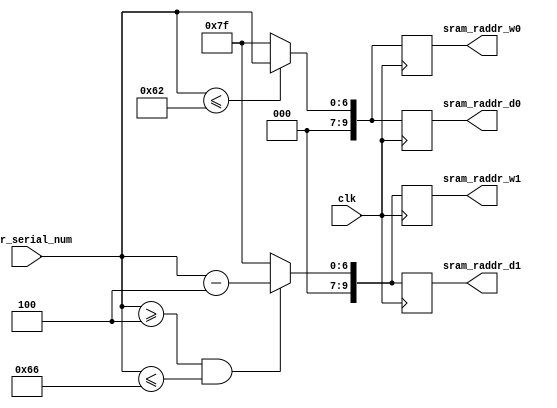
//-------do the address select for 32 queue, each queue size 32+32-1---


module addr_sel
(
	input clk,
	input [6:0] addr_serial_num,							//max = 126, setting all of the addr127 = 0
	
	//sel for w0~w7
	output reg [9:0] sram_raddr_w0,			//queue 0~3
	output reg [9:0] sram_raddr_w1,			//queue 4~7

	//sel for d0~d7
	output reg [9:0] sram_raddr_d0,
	output reg [9:0] sram_raddr_d1
);

wire [9:0] sram_raddr_w0_nx;			//queue 0~3
wire [9:0] sram_raddr_w1_nx;			//queue 4~7

//sel for d0~d7
wire [9:0] sram_raddr_d0_nx;
wire [9:0] sram_raddr_d1_nx;

always@(posedge clk) begin				//fit in output flip-flop
	sram_raddr_w0 <= sram_raddr_w0_nx;
	sram_raddr_w1 <= sram_raddr_w1_nx;

	sram_raddr_d0 <= sram_raddr_d0_nx;
	sram_raddr_d1 <= sram_raddr_d1_nx;
end

assign sram_raddr_w0_nx = (addr_serial_num<=98)? { {3{1'd0}} , addr_serial_num} : 127;
assign sram_raddr_w1_nx = (addr_serial_num>=4 && addr_serial_num<=102)? { {3{1'd0}} , addr_serial_num-7'd4} : 127;

assign sram_raddr_d0_nx = (addr_serial_num<=98)? { {3{1'd0}} , addr_serial_num} : 127;
assign sram_raddr_d1_nx = (addr_serial_num>=4 && addr_serial_num<=102)? { {3{1'd0}} , addr_serial_num-7'd4} : 127;


endmodule